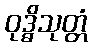
ဝုဒ္ဓိသုတ္တံ